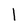
Character: l